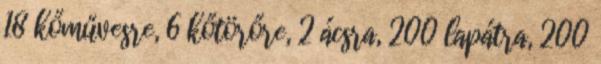
18 kőművesre, 6 kőtörőre, 2 ácsra, 200 lapátra, 200